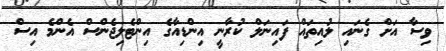
ވިސާ އަށް ގެނައި ލުއިތައް ފައިނަލް ކުރާނީ އިންޑިއާގެ އިންޓެލިޖެންސް އެންމެ އިސް